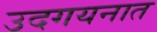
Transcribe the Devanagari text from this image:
उदगयनात